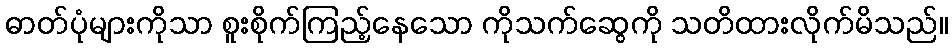
ဓာတ်ပုံများကိုသာ စူးစိုက်ကြည့်နေသော ကိုသက်ဆွေကို သတိထားလိုက်မိသည်။